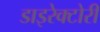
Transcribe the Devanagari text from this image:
डाइरेक्टोरी